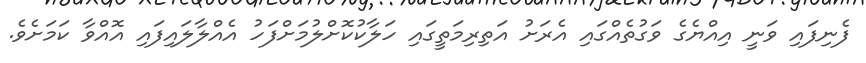
ފެނިފައި ވަނީ އިއްޔެގެ ވަގުތެއްގައި އެރަށު އަތިރިމަތީގައި ހަލާކުކޮށްލުމަށްފަހު އެއްލާލައިފައި އޮއްވާ ކަމަށެވެ.